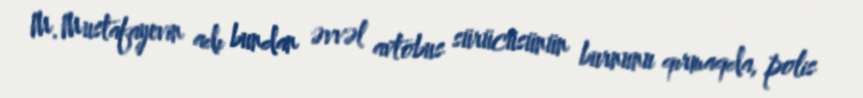
M.Mustafayevin adı bundan əvvəl avtobus sürücüsünün burnunu qırmaqda, polis